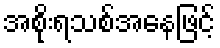
အစိုးရသစ်အနေဖြင့်